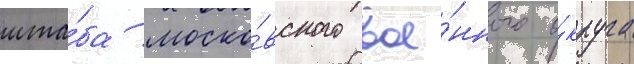
шта́ба моско́вского вое́нного о́круга